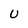
Character: U